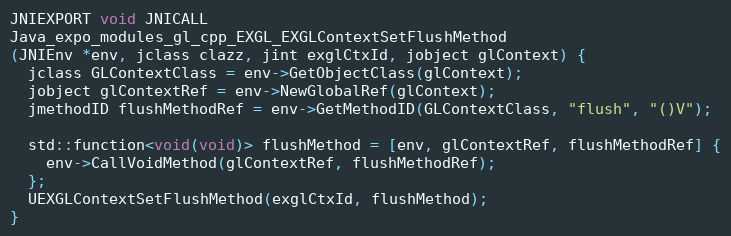
Language: C++
JNIEXPORT void JNICALL
Java_expo_modules_gl_cpp_EXGL_EXGLContextSetFlushMethod
(JNIEnv *env, jclass clazz, jint exglCtxId, jobject glContext) {
  jclass GLContextClass = env->GetObjectClass(glContext);
  jobject glContextRef = env->NewGlobalRef(glContext);
  jmethodID flushMethodRef = env->GetMethodID(GLContextClass, "flush", "()V");

  std::function<void(void)> flushMethod = [env, glContextRef, flushMethodRef] {
    env->CallVoidMethod(glContextRef, flushMethodRef);
  };
  UEXGLContextSetFlushMethod(exglCtxId, flushMethod);
}